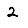
Digit: 2